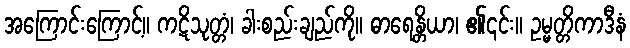
အကြောင်းကြောင့်။ ကဋိသုတ္တံ၊ ခါးစည်းချည်ကို။ ဓာရေန္တိယာ၊ ၏၎င်း။ ဥမ္မတ္တိကာဒီနံ